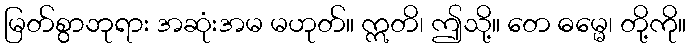
မြတ်စွာဘုရား အဆုံးအမ မဟုတ်။ ဣတိ၊ ဤသို့။ တေ ဓမ္မေ၊ တို့ကို။